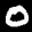
Digit: 8